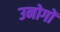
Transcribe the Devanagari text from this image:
उनोगों